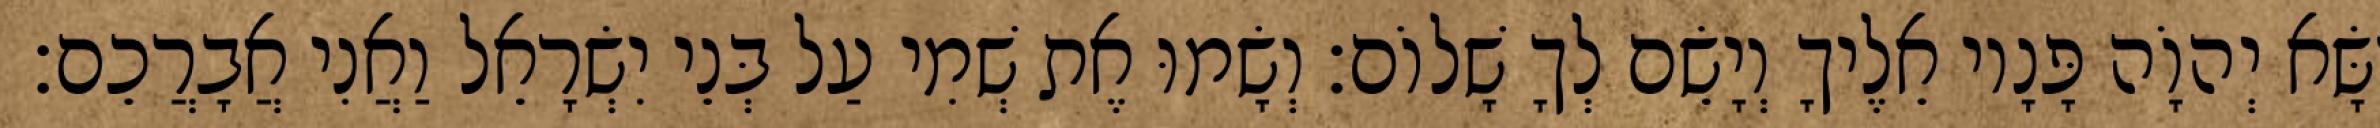
יִשָּׂא יְהוָֹה פָּנָיו אֵלֶיךָ וְיָשֵׂם לְךָ שָׁלוֹם׃ וְשָׂמוּ אֶת שְׁמִי עַל בְּנֵי יִשְׂרָאֵל וַאֲנִי אֲבָרֲכֵם׃